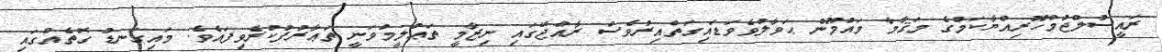
ރައީސުލްޖުމްހޫރިއްޔާކަމުގެ މަޤާމާ މައުމޫން ޙަވާލުވެވަޑައިގަތްއިރުވެސް ރާއްޖޭގައި ނިޒާމީ ތަޢުލީމުވަނީ ތަޢާރުފުކުރެވިފައެވެ. މައިގަނޑު ގޮތެއްގައި